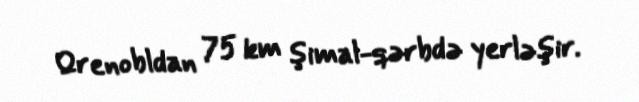
Qrenobldan 75 km şimal-qərbdə yerləşir.